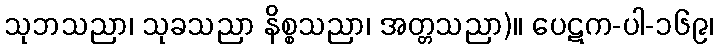
သုဘသညာ၊ သုခသညာ နိစ္စသညာ၊ အတ္တသညာ)။ ပေဋက-ပါ-၁၆၉၊